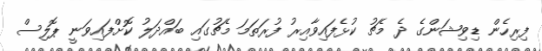
ފިރިހެން ޑިވިޝަންގެ ދެ މެޗު ކުޅެފައިވާއިރު ފުރަތަމަ މެޗުގައި ބައްދަލު ކޮށްފައިވަނީ ޕޮލިސް